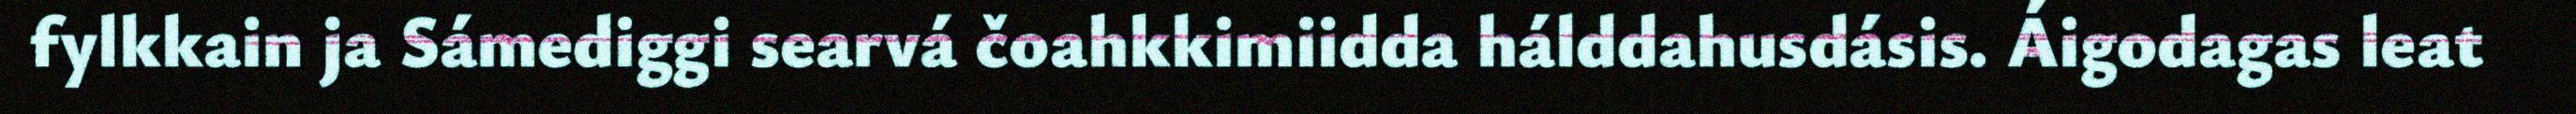
fylkkain ja Sámediggi searvá čoahkkimiidda hálddahusdásis. Áigodagas leat